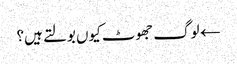
← لوگ جھوٹ کیوں بولتے ہیں؟